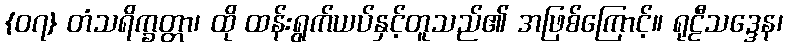
{၀၇} တံသရိက္ခတ္တာ၊ ထို ထန်းရွက်ယပ်နှင့်တူသည်၏ အဖြစ်ကြောင့်။ ရုဠီသဒ္ဒေန၊